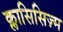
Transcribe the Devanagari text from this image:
क्लासिसिज़्म